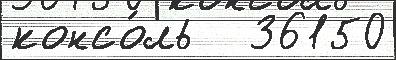
консо́ль   36150